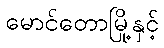
မောင်တောမြို့နှင့်